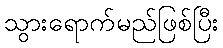
သွားရောက်မည်ဖြစ်ပြီး